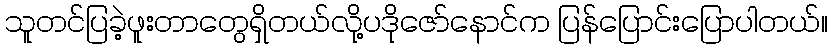
သူတင်ပြခဲ့ဖူးတာတွေရှိတယ်လို့ပဒိုဇော်နောင်က ပြန်ပြောင်းပြောပါတယ်။